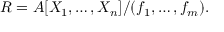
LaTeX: R = A [ X _ { 1 } , \ldots , X _ { n } ] / ( f _ { 1 } , \ldots , f _ { m } ) .